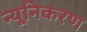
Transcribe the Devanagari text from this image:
न्यूनिकरण